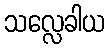
သလ္လေခါယ